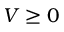
V \geq 0